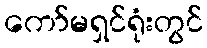
ကော်မရှင်ရုံးတွင်